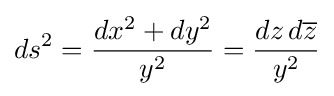
ds^{2}={\frac {dx^{2}+dy^{2}}{y^{2}}}={\frac {dz\,d{\overline {z}}}{y^{2}}}